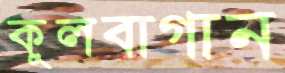
কুলবাগান